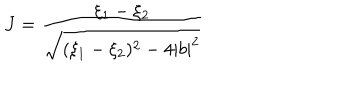
J = { \frac { \xi _ { 1 } - \xi _ { 2 } } { \sqrt { ( \xi _ { 1 } - \xi _ { 2 } ) ^ { 2 } - 4 | b | ^ { 2 } } } }